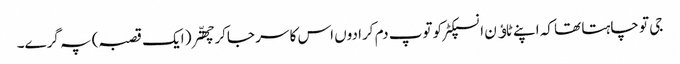
جی تو چاہتا تھا کہ اپنے ٹاﺅن انسپکٹر کو توپ دم کرا دوں اس کا سر جاکر چھتّر( ایک قصبہ) پہ گرے۔